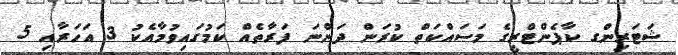
ޝަޓަރިންގ ކާޕެންޓްރީގެ މަސައްކަތް ކުރަން ދަންނަ ފަރާތެއް ކަމުގައިވުމާއެކު 3 އަހަރާއި 5